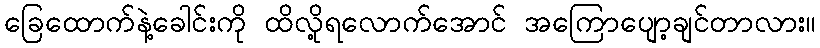
ခြေထောက်နဲ့ခေါင်းကို ထိလို့ရလောက်အောင် အကြောပျော့ချင်တာလား။